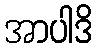
အာပါဒိ